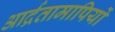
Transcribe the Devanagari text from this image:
आर्द्रतामापियों